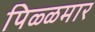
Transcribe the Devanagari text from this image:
पिळ्ळमार